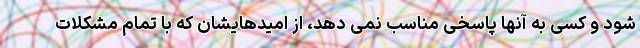
شود و کسی به آنها پاسخی مناسب نمی دهد، از امیدهایشان که با تمام مشکلات